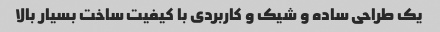
یک طراحی ساده و شیک و کاربردی با کیفیت ساخت بسیار بالا